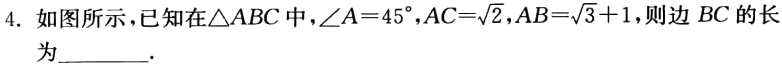
4. 如图所示，已知在\(\triangle ABC\)中，\(\angle A = 45^{\circ}\)，\(AC = \sqrt{2}\)，\(AB = \sqrt{3} + 1\)，则边\(BC\)的长为_________.